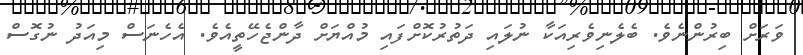
ވަރަށް ބިރުންނެވެ. ބެލެނިވެރިއަކާ ނުލައި ދަތުރުކޮށްފައި މުއްޔަށް ދާންޖެހޭތީއެވެ. އެހެނަސް މިއަދު ނުގޮސް